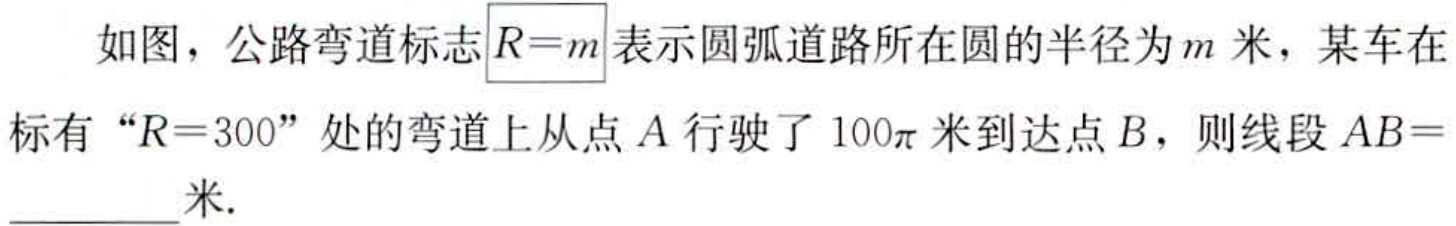
如图，公路弯道标志\(R = m\)表示圆弧道路所在圆的半径为\(m\)米，某车在标有“\(R = 300\)”处的弯道上从点\(A\)行驶了\(100\pi\)米到达点\(B\)，则线段\(AB=\)  米.